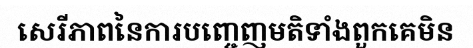
សេរីភាពនៃការបញ្ចេញមតិទាំងពួកគេមិន